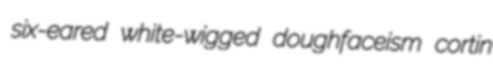
six-eared white-wigged doughfaceism cortin